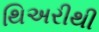
થિઅરીથી